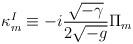
LaTeX: \begin{align*}\kappa_m^I \equiv -i \frac{\sqrt{-\gamma}}{2\sqrt{-g}} \Pi_m\end{align*}